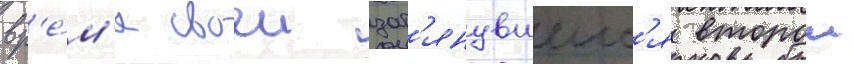
вр'е́м'я своеи зат'янувшеис'я второи